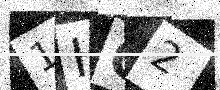
Text: 1HO2